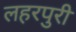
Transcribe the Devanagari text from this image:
लहरपुरी